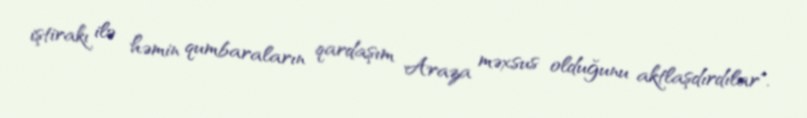
iştirakı ilə həmin qumbaraların qardaşım Araza məxsus olduğunu aktlaşdırdılar".